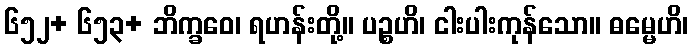
၆၅၂+ ၆၅၃+ ဘိက္ခဝေ၊ ရဟန်းတို့။ ပဉ္စဟိ၊ ငါးပါးကုန်သော။ ဓမ္မေဟိ၊